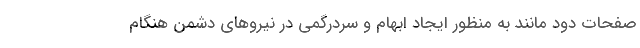
صفحات دود مانند به منظور ایجاد ابهام و سردرگمی در نیروهای دشمن هنگام